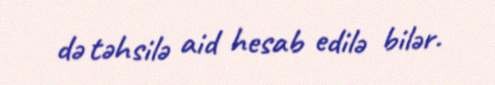
də təhsilə aid hesab edilə bilər.